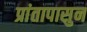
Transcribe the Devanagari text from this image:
प्रांतापासुन